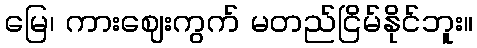
မြေ၊ ကားဈေးကွက် မတည်ငြိမ်နိုင်ဘူး။